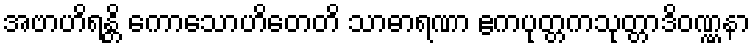
အဗာဟိရန္တိ ကောသောဟိတေတိ သာဓာရဏာ ဧကပုတ္တကသုတ္တာဒိဝဏ္ဏနာ